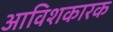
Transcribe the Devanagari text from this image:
आविशकारक